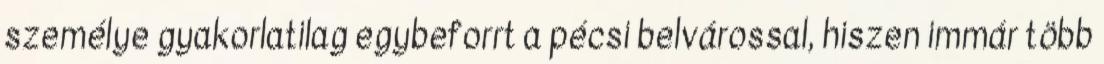
személye gyakorlatilag egybeforrt a pécsi belvárossal, hiszen immár több